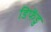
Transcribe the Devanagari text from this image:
डिफेंडु